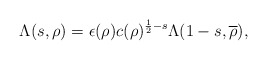
\begin{align*}\Lambda(s, \rho) = \epsilon(\rho) c(\rho)^{\frac{1}{2}-s} \Lambda(1-s, \overline{\rho}),\end{align*}